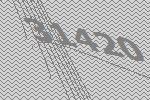
31420